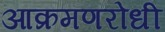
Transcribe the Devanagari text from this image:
आक्रमणरोधी